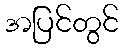
အပြင်တွင်